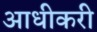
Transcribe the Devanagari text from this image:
आधीकरी